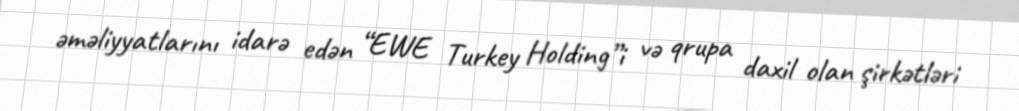
əməliyyatlarını idarə edən “EWE Turkey Holding”i və qrupa daxil olan şirkətləri